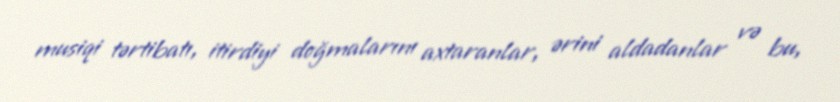
musiqi tərtibatı, itirdiyi doğmalarını axtaranlar, ərini aldadanlar və bu,